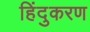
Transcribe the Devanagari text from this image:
हिंदुकरण